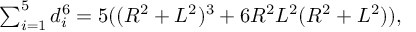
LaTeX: \textstyle \sum _ { i = 1 } ^ { 5 } d _ { i } ^ { 6 } = 5 ( ( R ^ { 2 } + L ^ { 2 } ) ^ { 3 } + 6 R ^ { 2 } L ^ { 2 } ( R ^ { 2 } + L ^ { 2 } ) ) ,